Vaccination report Assam 1874-1896 - 1874-1896
Year: 1874
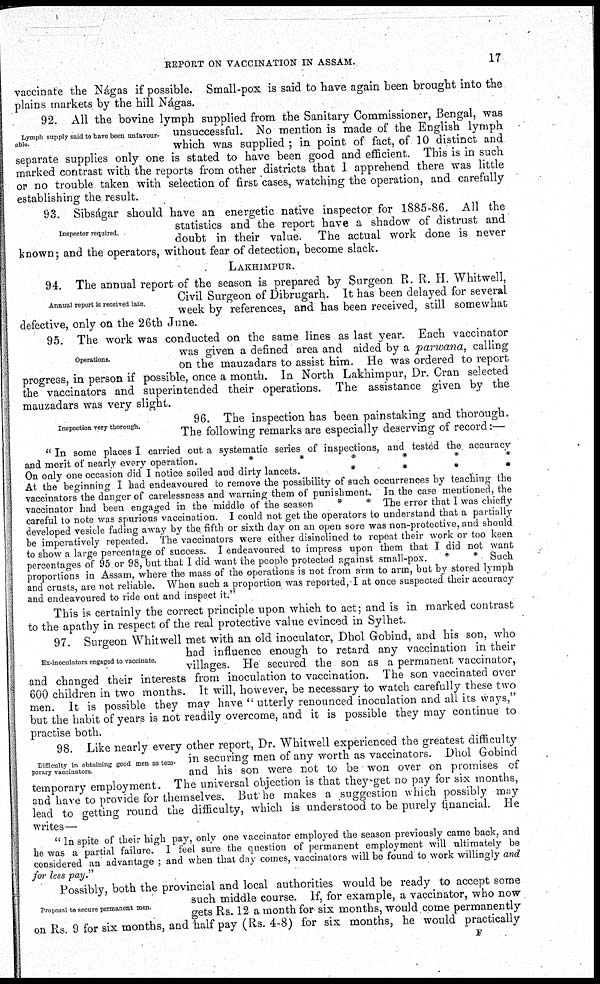
REPORT ON VACCINATION IN ASSAM.
17
vaccinate the Nágas if possible. Small-pox is said to have again been brought into the
plains markets by the hill Nágas.
Lymph supply said to have been unfavour-
able.
92. All the bovine lymph supplied from the Sanitary Commissioner, Bengal, was
unsuccessful. No mention is made of the English lymph
which was supplied ; in point of fact, of 10 distinct and
separate supplies only one is stated to have been good and efficient. This is in such
marked contrast with the reports from other districts that I apprehend there was little
or no trouble taken with selection of first cases, watching the operation, and carefully
establishing the result.
Inspector required
93. Sibságar should have an energetic native inspector for 1885-86. All the
statistics and the report have a shadow of distrust and
doubt in their value. The actual work done is never
known; and the operators, without fear of detection, become slack.
LAKHIMPUR.
Annual report is received late
94. The annual report of the season is prepared by Surgeon R. R. H. Whitwell,
Civil Surgeon of Dibrugarh. It has been delayed for several
week by references, and has been received, still somewhat
defective, only on the 26th June.
Operations.
95. The work was conducted on the same lines as last year. Each vaccinator
was given a defined area and aided by a parwana, calling
on the mauzadars to assist him. He was ordered to report
progress, in person if possible, once a month. In North Lakhimpur, Dr. Cran selected
the vaccinators and superintended their operations. The assistance given by the
mauzadars was very slight.
Inspection very thorough.
96. The inspection has been painstaking and thorough.
The following remarks are especially deserving of record:—
" In some places I carried out a systematic series of inspections, and tested the accuracy
and merit of nearly every operation.
*
*
*
*
*
*
On only one occasion did I notice soiled and dirty lancets.
*
*
*
*
At the beginning I had endeavoured to remove the possibility of such occurrences by teaching the
vaccinators the danger of carelessness and warning them of punishment. In the case mentioned, the
vaccinator had been engaged in the middle of the season
*
* The error that I was chiefly
careful to note was spurious vaccination. I could not get the operators to understand that a partially
developed vesicle fading away by the fifth or sixth day on an open sore was non-protective, and should
be imperatively repeated. The vaccinators were either disinclined to repeat their work or too keen
to show a large percentage of success. I endeavoured to impress upon them that I did not want
percentages of 95 or 98, but that I did want the people protected against small-pox. *
* Such
proportions in Assam, where the mass of the operations is not from arm to arm, but by stored lymph
and crusts, are not reliable. When such a proportion was reported, I at once suspected their accuracy
and endeavoured to ride out and inspect it."
This is certainly the correct principle upon which to act; and is in marked contrast
to the apathy in respect of the real protective value evinced in Sylhet.
Ex-inoculators engaged to vaccinate.
97. Surgeon Whitwell met with an old inoculator, Dhol Gobind, and his son, who
had influence enough to retard any vaccination in their
villages. He secured the son as a permanent vaccinator,
and changed their interests from inoculation to vaccination. The son vaccinated over
600 children in two months. It will, however, be necessary to watch carefully these two
men. It is possible they may have " utterly renounced inoculation and all its ways,"
but the habit of years is not readily overcome, and it is possible they may continue to
practise both.
Difficulty in obtaining good men as tem-
porary vaccinators.
98. Like nearly every other report, Dr. Whitwell experienced the greatest difficulty
in securing men of any worth as vaccinators. Dhol Gobind
and his son were not to be won over on promises of
temporary employment. The universal objection is that they get no pay for six months,
and have to provide for themselves. But he makes a suggestion which possibly may
lead to getting round the difficulty, which is understood to be purely financial. He
writes—
" In spite of their high pay, only one vaccinator employed the season previously came back, and
he was a partial failure. I feel sure the question of permanent employment will ultimately be
considered an advantage ; and when that day comes, vaccinators will be found to work willingly and
for less pay."
Proposal to secure permanent men.
Possibly, both the provincial and local authorities would be ready to accept some
such middle course. If, for example, a vaccinator, who now
gets Rs. 12 a month for six months, would come permanently
on Rs. 9 for six months, and half pay (Rs. 4-8) for six months, he would practically
F